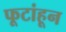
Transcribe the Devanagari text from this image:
फूटांहून